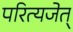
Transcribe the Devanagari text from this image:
परित्यजेत्